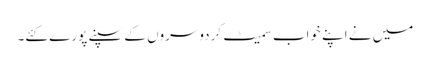
میں نے اپنے خواب سمیٹ کردوسروں کے سپنے پورے کئے۔